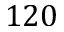
1 2 0